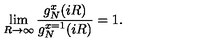
\lim _ { R \rightarrow \infty } { \frac { g _ { N } ^ { x } ( i R ) } { g _ { N } ^ { x = 1 } ( i R ) } } = 1 .